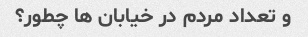
و تعداد مردم در خیابان ها چطور؟